Annual report of the Prince of Wales Medical College, Patna
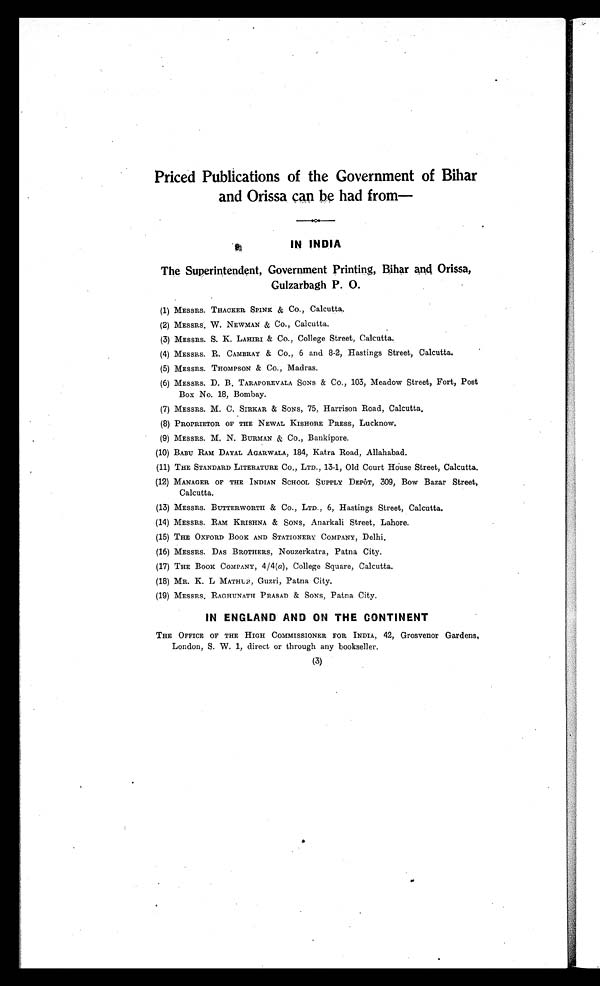
Priced Publications of the Government of Bihar
and Orissa can be had from
IN INDIA
The Superintendent, Government Printing, Bihar and Orissa,
Gulzarbagh P. O.
(1) MESSRS. THACKER SPINK & Co., Calcutta.
(2) MESSRS. W. NEWMAN & Co., Calcutta.
(3) MESSRS. S. K. LAHIRI & Co., College Street, Calcutta.
(4) MESSRS. R. CAMBRAY & Co., 6 and 8-2, Hastings Street, Calcutta.
(5) MESSRS. THOMPSON & Co., Madras.
(6) MESSRS. D. B. TARAPOREVALA SONS & Co., 103, Meadow Street, Fort, Post
Box No. 18, Bombay.
(7) MESSRS. M. C. SIRKAR & SONS, 75, Harrison Road, Calcutta.
(8) PROPRIETOR OF THE NEWAL KISHORE PRESS, Lucknow.
(9) MESSRS. M. N. BURMAN & Co., Bankipore.
(10) BABU RAM DAYAL AGARWALA, 184, Katra Road, Allahabad.
THE STANDARD LITER
(11) ATURE Co., LTD., 13-1, Old Court House Street, Calcutta.
(12) MANAGER OF THE INDIAN SCHOOL SUPPLY DEPÔT, 309, Bow Bazar Street,
Calcutta.
(13) MESSRS. BUTTERWORTH & Co., LTD., 6, Hastings Street, Calcutta.
(14) MESSRS. RAM KRISHNA & SONS, Anarkali Street, Lahore.
(15) THE OXFORD BOOK AND STATIONERY COMPANY, Delhi.
(16) MESSRS. DAS BROTHERS, Nouzerkatra, Patna City.
(17) THE BOOK COMPANY, 4/4 (a), College Square, Calcutta.
(18) MR. K. L MATHUR, Guzri, Patna City.
(19) MESSRS. RAGHUNATH PRASAD & SONS, Patna City.
IN ENGLAND AND ON THE CONTINENT
THE OFFICE OF THE HIGH COMMISSIONER FOR INDIA, 42, Grosvenor Gardens,
London, S. W. 1, director through any bookseller.
(3)